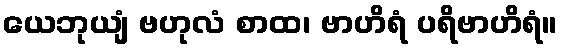
ယေဘုယျံ ဗဟုလံ စာထ၊ ဗာဟိရံ ပရိဗာဟိရံ။